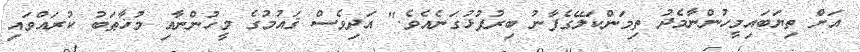
އަށް ތިޔަބައިމީހުންނާމެދު ތިމަންކަލޭގެފާނު ބިރުފުޅުގަނެއެވެ." އަދިވެސް ޤައުމުގެ މީހުންނާއި މުޚާޠަބު ކުރައްވައި